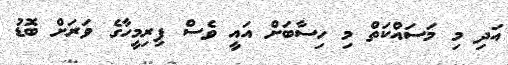
އަދި މި މަސައްކަތް މި ހިސާބަށް އައީ ވެސް ފިރިމީހާގެ ވަރަށް ބޮޑު